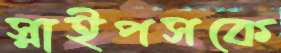
স্নাইপসকে